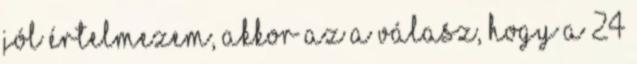
jól értelmezem, akkor az a válasz, hogy a 24